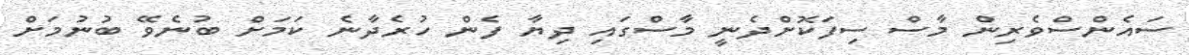
ސައެންސްވެރިން މާސް ސިފަކޮށްދެނީ މާސްގައި ދިޔާ ފެން ހުރެދާނެ ކަމަށް ބުނެވޭ ބުނުމަށް